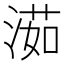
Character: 𣺾